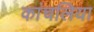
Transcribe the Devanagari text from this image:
कांचलिया